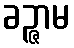
ခဉ္ဇာမ